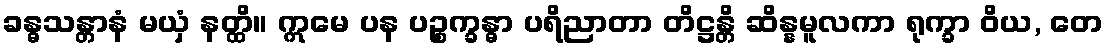
ခန္ဓသန္တာနံ မယှံ နတ္ထိ။ ဣမေ ပန ပဉ္စက္ခန္ဓာ ပရိညာတာ တိဋ္ဌန္တိ ဆိန္နမူလကာ ရုက္ခာ ဝိယ, တေ